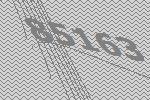
85163